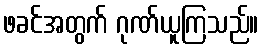
ဖခင်အတွက် ဂုဏ်ယူကြသည်။